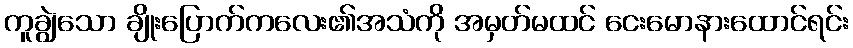
ကူချွဲသော ချိုးပြောက်ကလေး၏အသံကို အမှတ်မထင် ငေးမောနားထောင်ရင်း